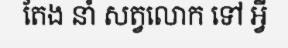
តែង នាំ សត្វលោក ទៅ អ្វី